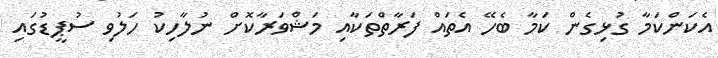
އެކަންކަމާ ގުޅިގެން ކަމާ ބެހޭ އެތައް ފަރާތްތަކާއި މަޝްވަރާކޮށް ނުލާހިކު ހަލުވި ސުޕީޑުގައި